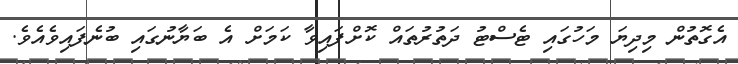
އެގޮތުން މިދިޔަ މަހުގައި ޓެސްޓު ދަތުރުތައް ކޮށްފައިވާ ކަމަށް އެ ބަޔާނުގައި ބުނެފައިވެއެވެ.